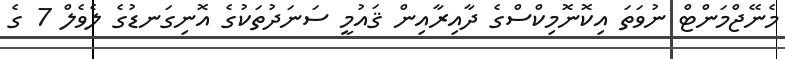
މެނޭޖްމަންޓް ނުވަތަ އިކޮނޮމިކްސްގެ ދާއިރާއިން ޤައުމީ ސަނަދުތަކުގެ އޮނިގަނޑުގެ ލެވެލް 7 ގެ